Vaccine operations Central Provinces & Berar 1912-1920 - 1912-1920
Year: 1912
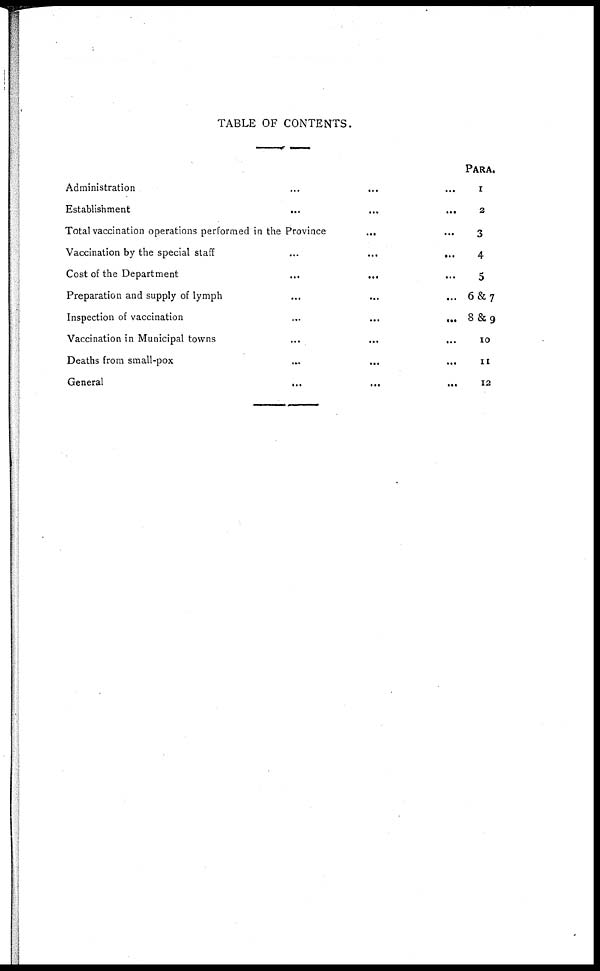
TABLE OF CONTENTS.
Administration
...
... ...
Establishment
...
...
...
Total vaccination operations performed in the Province
...
...
Vaccination by the special staff
...
...
...
Cost of the Department
...
... ...
Preparation and supply of lymph
...
...
...
Inspection of vaccination
...
...
...
Vaccination in Municipal towns
...
...
...
Deaths from small-pox ... ... ...
General
...
...
...
PARA.
1
2
3
4
5
6&7
8&9
10
11
12